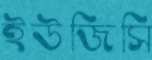
ইউজিসি